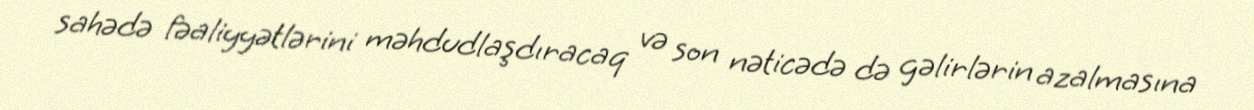
sahədə fəaliyyətlərini məhdudlaşdıracaq və son nəticədə də gəlirlərin azalmasına